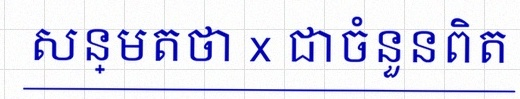
សន្មតថា x ជាចំនួនពិត